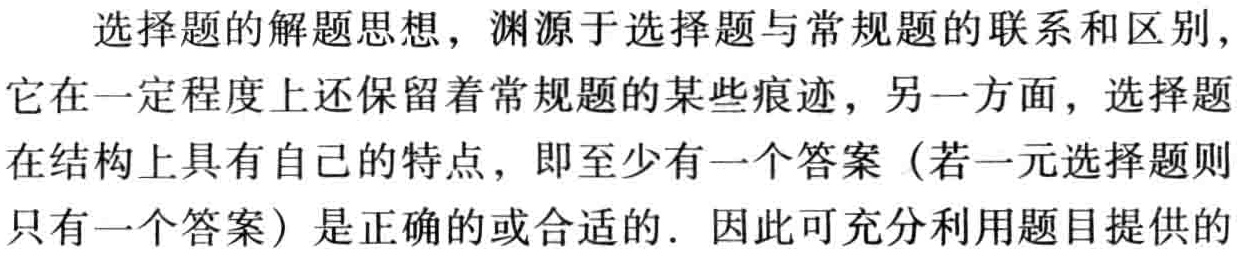
选择题的解题思想，渊源于选择题与常规题的联系和区别，它在一定程度上还保留着常规题的某些痕迹，另一方面，选择题在结构上具有自己的特点，即至少有一个答案（若一元选择题则只有一个答案）是正确的或合适的. 因此可充分利用题目提供的